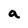
Character: a